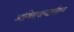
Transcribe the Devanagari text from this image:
अस्थिरत्वाच्छरीरस्य